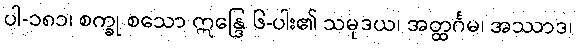
ပါ-၁၈၁၊ စက္ခု စသော ဣန္ဒြေ ၆-ပါး၏ သမုဒယ၊ အတ္ထင်္ဂမ၊ အဿာဒ၊